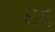
૬૬